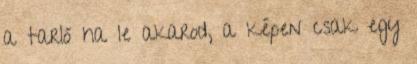
a tarló ha le akarod, a képen csak egy